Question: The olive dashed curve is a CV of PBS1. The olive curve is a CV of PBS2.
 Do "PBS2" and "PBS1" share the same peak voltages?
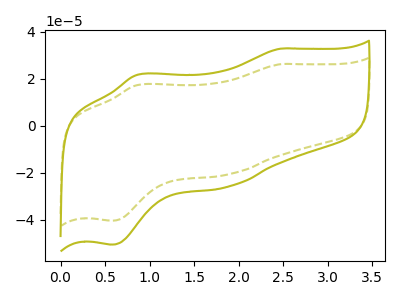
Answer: <think>The olive dashed curve "PBS1" has anodic peaks at (2.45V, 26.15uA) (0.85V, 17.30uA) and cathodic peaks at (1.90V, -20.65uA) (0.60V, -40.30uA). The olive curve "PBS2" has anodic peaks at (2.45V, 32.75uA) (0.85V, 21.65uA) and cathodic peaks at (1.90V, -25.85uA) (0.60V, -50.45uA).</think>
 <answer>Yes, "PBS2" have a peak in "PBS1" at the same potential.</answer>
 <eval>match</eval>